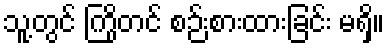
သူ့တွင် ကြိုတင် စဉ်းစားထားခြင်း မရှိ။